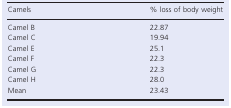
<table><thead><tr><td><b>Camels</b></td><td><b>% loss of body weight</b></td></tr></thead><tbody><tr><td>Camel B</td><td>22.87</td></tr><tr><td>Camel C</td><td>19.94</td></tr><tr><td>Camel E</td><td>25.1</td></tr><tr><td>Camel F</td><td>22.3</td></tr><tr><td>Camel G</td><td>22.3</td></tr><tr><td>Camel H</td><td>28.0</td></tr><tr><td>Mean</td><td>23.43</td></tr></tbody></table>